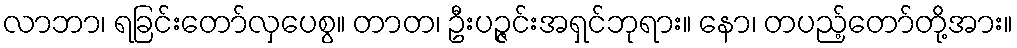
လာဘာ၊ ရခြင်းတော်လှပေစွ။ တာတ၊ ဦးပဉ္ဇင်းအရှင်ဘုရား။ နော၊ တပည့်တော်တို့အား။